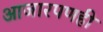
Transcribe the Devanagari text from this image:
आजारपणही